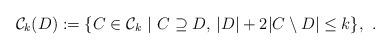
LaTeX: \begin{align*} \mathcal{C}_k(D) := \{C \in \mathcal{C}_k \,\, | \,\, C \supseteq D, \, |D|+2|C\setminus D| \leq k \}, \,\, . \end{align*}